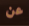
عن